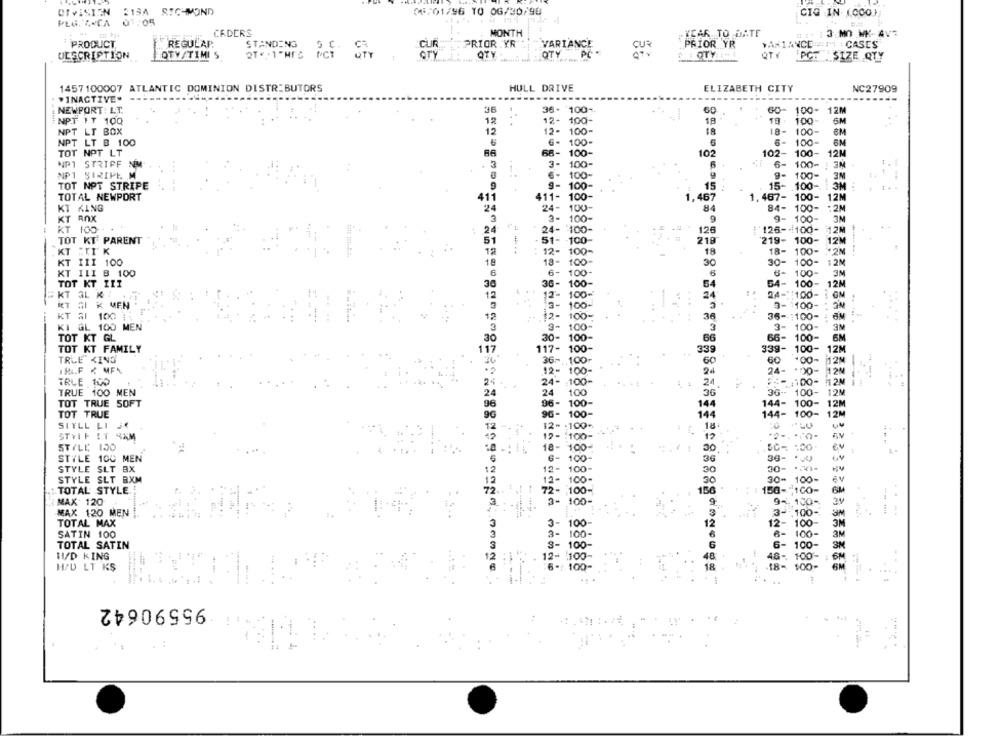
OTVISION 51SA RICHMOND
08/01/96 TO 0G/30/90
CIG IN (.000)
PLG, ARCA 07:05
11:P1.
CADERS
MONTH
YEAR TO DATE
3 MO MK-AV7
PRODUCT
REGULAP.
STANDING
5 C.
CUR
PRIOR YR .
VARIANCE
PRIOR YR
>AX 1ANCD === : CASES
CR
OTY
PC
DESCRIPTION
OTY/TIMI S
2T" - 1"MTC PCT QTY
erY
OTY
QTY PCT SIZE QTY
1457100007 ATLANTIC DOMINION DISTRIBUTORS
HULL DRIVE
ELIZABETH CITY
NC27909
"INACTIVE.
NEWPORT: LT.
36
36. 100-
60
60- 100- 12M
12-
18 -
6M
NPT IT 100
12
100
19 - 100-
NPT LT BOX
12
12- 100-
18
18- 100-
8M
6
6- 100-
6- 100
NPT LT B 100
TOT NPT LT
R6
68- 100-
102
102-
100-
12M
NP1 STRIPF NM
. 3
3- 100-
6
6-
100-
3M
1
NP1 SIRIPE M
6- 100-
9-
100-
3N
TOT NPT STRIPE
9- 100-
15
15-
100
3M :
TOTAL NEWPORT
411
411- 100-
1,467
1, 467- 100- 12M
KT KING
24
24-
100
84-
100-
.2M
84
KT ANX
3- 100-
9
9-
100-
3M
KT 100
24
24- 100-
126
126 -.: 100-
TOT KT PARENT
51
. 51- 100
219
219- 100-
12M
KT IT K
12
12- 100-
18
18- 100-
¥2M
KT III 100
18
18- 100-
30
30- 100-
120
KT ILI B 100
6
6-
100
6
100-
3M
TOT KT III
38-
100-
54- 100-
12M
30
54
KT 3L K:
12
C
12-
100-
24
24-1:100-
MET SI K MEN
3- 100-
ON
3- 100 -
KT AI 100 :
12
100
36
36-1100-
KI GL 100 MEN
3
3- 100-
3- 100-
3
TOT KT GL
30
30- 100-
66
66- 100-
TOT KT FAMILY
117
117- 100-
339- 100-
339
TRLE KING
36- 100-
GO
GO
100-
12M
12- 100-
24
24-
24- : 00-
12M
TRLE 100
24
24- 100-
24
11 2M
---
TRUE 100 MEN
24
24
100
36
100-
TOT TRUE SOFT
96
96- 100-
144
144 -
100-
12M
TOT TRUE
96
90- 100-
144
144-
12M
12- . 100%
SIYLL LI
12
18
STVIF IT RAM
19 -: 100-
17
STYLE 150
18- 100-
eu
20.
STYLE 100 MEN
6- 100-
36
38- 10
STYLE SLT BX
12- 100-
12
30
STYLE SLT BXM
12
12-
12- 100-
30
30- 100-
6V
TOTAL STYLE
72- 100-
100-
156
150-"100-
GMA
72-
MAX' 120
3- 100-
9- 100-
MAX 120 MEN
3
3-
3- 100-
...
TOTAL MAX
3- 100
12
12-
SATIN 100
3
3- 100-
100-
TOTAL SATIN
3- 100-
6
6- 100-
3M
11/D KING
12- 100-
48- 100-
48-
H/D LT KS
6-( 100-
18
18- 100-
18-
95590642